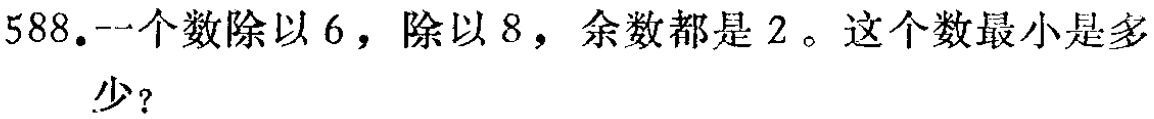
588.一个数除以6，除以8，余数都是2。这个数最小是多少？